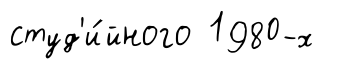
студ'и́йного 1980-х